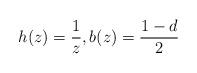
LaTeX: \begin{align*}h(z)=\frac1z , b(z)=\frac{1-d}2 \end{align*}